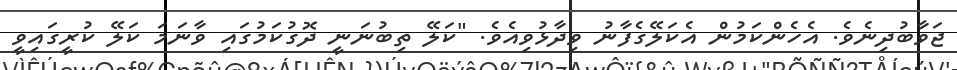
ޖަވާބުދިނެވެ. އެހެންކަމުން އެކަލޭގެފާނު ވިދާޅުވިއެވެ. "ކަލޭ ތިބުނަނީ ދޮގުކަމުގައި ވާނަމަ ކަލޭ ކުރީގައިވީ